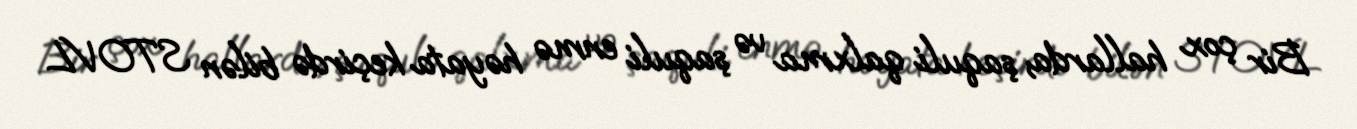
Bir çox hallarda, şaquli qalxma və şaquli enmə həyata keçirdə bilən STOVL